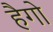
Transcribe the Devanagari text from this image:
हैगो